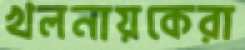
খলনায়কেরা